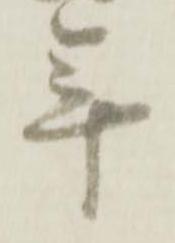
年